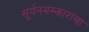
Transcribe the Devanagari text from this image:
सूर्यनमस्कारांचा